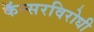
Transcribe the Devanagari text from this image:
कॅन्सरविरोधी